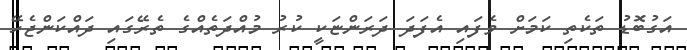
އަގުބޮޑު ތަކެތި ކަމަށް ވެފައި އެފަދަ ދަރަންޏަކީ ކުރު މުއްދަތެއްގެ ތެރޭގައި ދައްކަންޖެހޭ